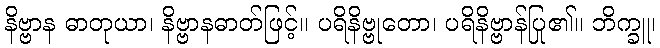
နိဗ္ဗာန ဓာတုယာ၊ နိဗ္ဗာနဓာတ်ဖြင့်။ ပရိနိဗ္ဗုတော၊ ပရိနိဗ္ဗာန်ပြု၏။ ဘိက္ခူ၊